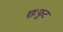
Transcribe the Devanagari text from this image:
छःफुट